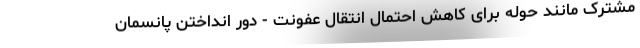
مشترک مانند حوله برای کاهش احتمال انتقال عفونت - دور انداختن پانسمان